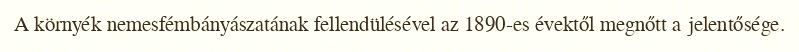
A környék nemesfémbányászatának fellendülésével az 1890-es évektől megnőtt a jelentősége.